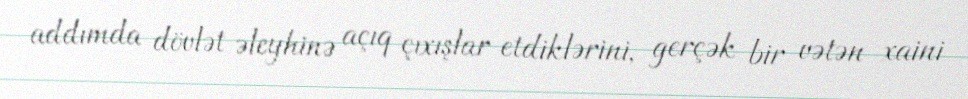
addımda dövlət əleyhinə açıq çıxışlar etdiklərini, gerçək bir vətən xaini